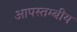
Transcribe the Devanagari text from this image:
आपस्तम्बीय